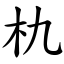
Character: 朹